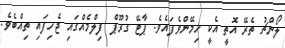
ލޯންޗު ތެރޭ އޮތީ އެކީ ހިމޭންވެފައެވެ. ޕާޓޭ ގުރޫޕް ފިލްމެއްގައި ޖެހިފައި ތިއްބެވެ.